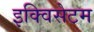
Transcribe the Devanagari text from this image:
इक्विसेटम